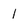
Character: l